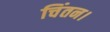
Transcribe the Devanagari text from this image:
चिंतन।